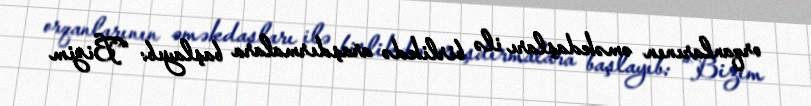
orqanlarının əməkdaşları ilə birlikdə araşdırmalara başlayıb: “Bizim